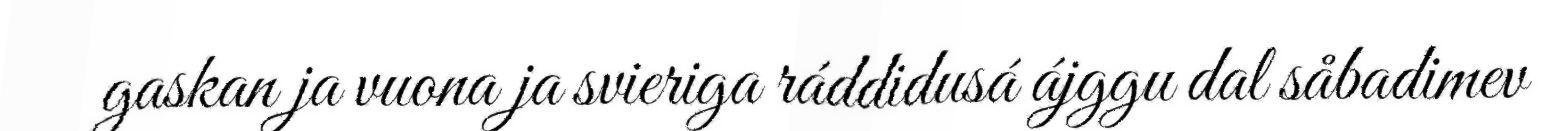
gaskan ja vuona ja svieriga ráddidusá ájggu dal såbadimev